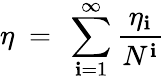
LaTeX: \eta~=~\sum_{\mathbf{i}=1}^{\infty}\frac{{\eta_{\mathbf{i}}}}{{N^{\mathbf{i}}}}